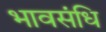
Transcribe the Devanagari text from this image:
भावसंधि